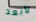
لأبعد